画像に写った文字を読んでください
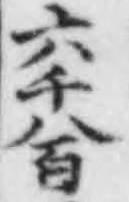
「六十八百」と書いてあります